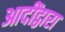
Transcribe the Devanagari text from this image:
आदींद्वारा